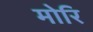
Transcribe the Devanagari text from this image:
मोरि